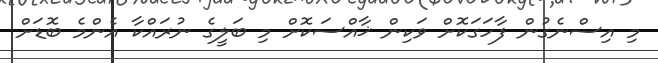
މި އިސްނެގުން ފާހަގަކޮށް ވަކިން ޚާއްސަކޮށް މި ބަލީގެ ނުރައްކާ އެންމެ ބޮޑަށް